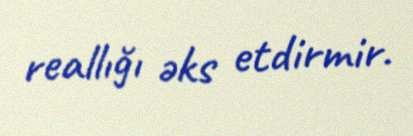
reallığı əks etdirmir.